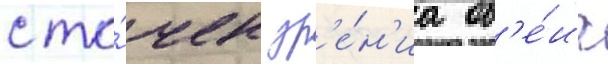
с то́чек зр'е́н'иа об'е́их